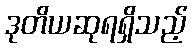
ဒုတိယဆုရရှိသည့်